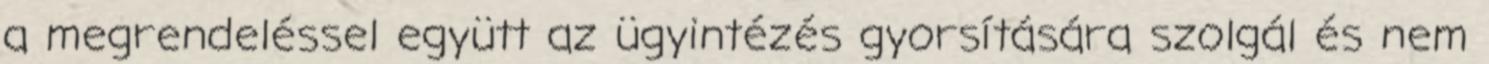
a megrendeléssel együtt az ügyintézés gyorsítására szolgál és nem